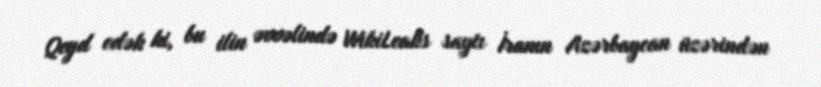
Qeyd edək ki, bu ilin əvvəlində WikiLeaks saytı İranın Azərbaycan üzərindən